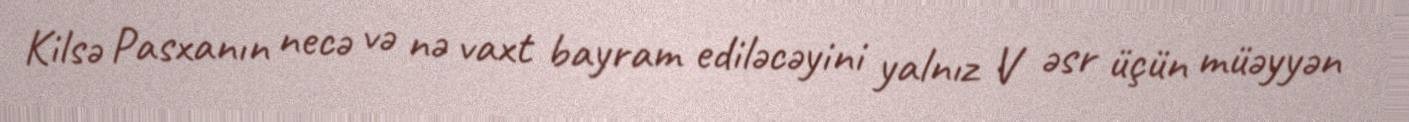
Kilsə Pasxanın necə və nə vaxt bayram ediləcəyini yalnız V əsr üçün müəyyən